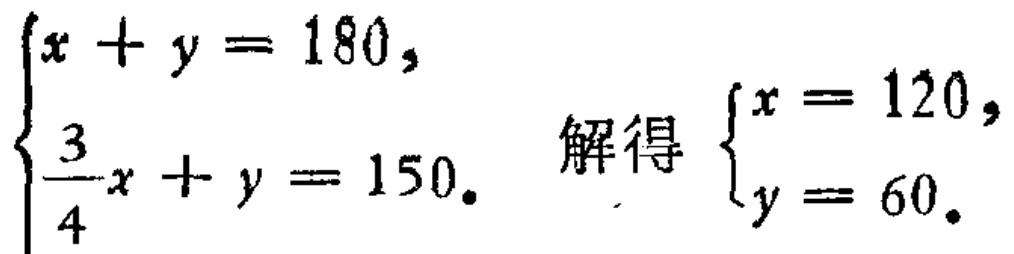
$\begin{cases}
x + y = 180, \\
\frac{3}{4}x + y = 150.
\end{cases}$ 解得 $\begin{cases}
x = 120, \\
y = 60.
\end{cases}$